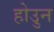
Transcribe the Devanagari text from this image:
होउुन